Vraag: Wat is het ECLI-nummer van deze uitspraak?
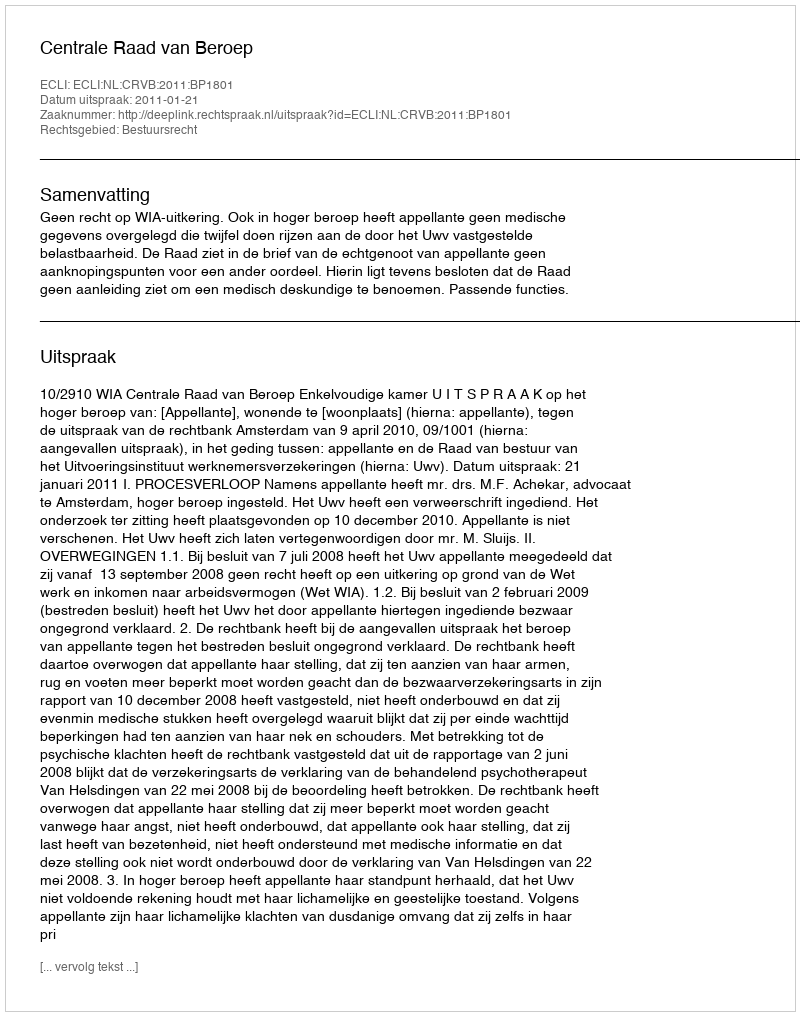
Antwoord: ECLI:NL:CRVB:2011:BP1801